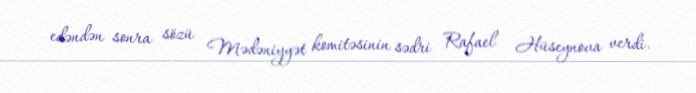
edəndən sonra sözü Mədəniyyət komitəsinin sədri Rafael Hüseynova verdi.